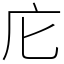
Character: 庀